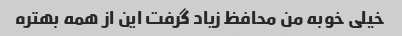
خیلی خوبه من محافظ زیاد گرفت این از همه بهتره